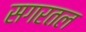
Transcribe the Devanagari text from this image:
सगरतल